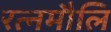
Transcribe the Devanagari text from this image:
रत्नमौलिं